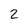
Character: 2